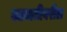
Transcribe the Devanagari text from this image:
आयातीवरील